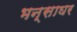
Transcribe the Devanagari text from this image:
भन्साघर